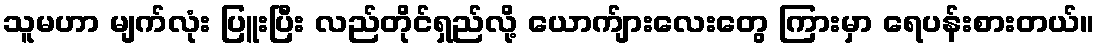
သူမဟာ မျက်လုံး ပြူးပြီး လည်တိုင်ရှည်လို့ ယောက်ျားလေးတွေ ကြားမှာ ရေပန်းစားတယ်။